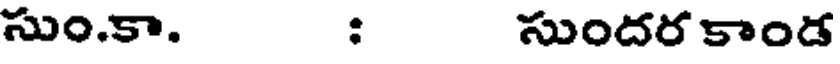
సుం.కా. : సుందర కాండ